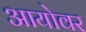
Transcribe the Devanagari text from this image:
आयोवर